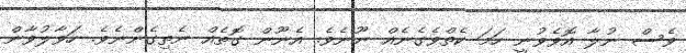
ވެސް ނުލާ އޮވެވުނީ ހަމަ ކެތްވެގެނެއް ނޫނެވެ. އެނޫން ގޮތެއް ނެތިގެންނެވެ. ހަވާލުވާން